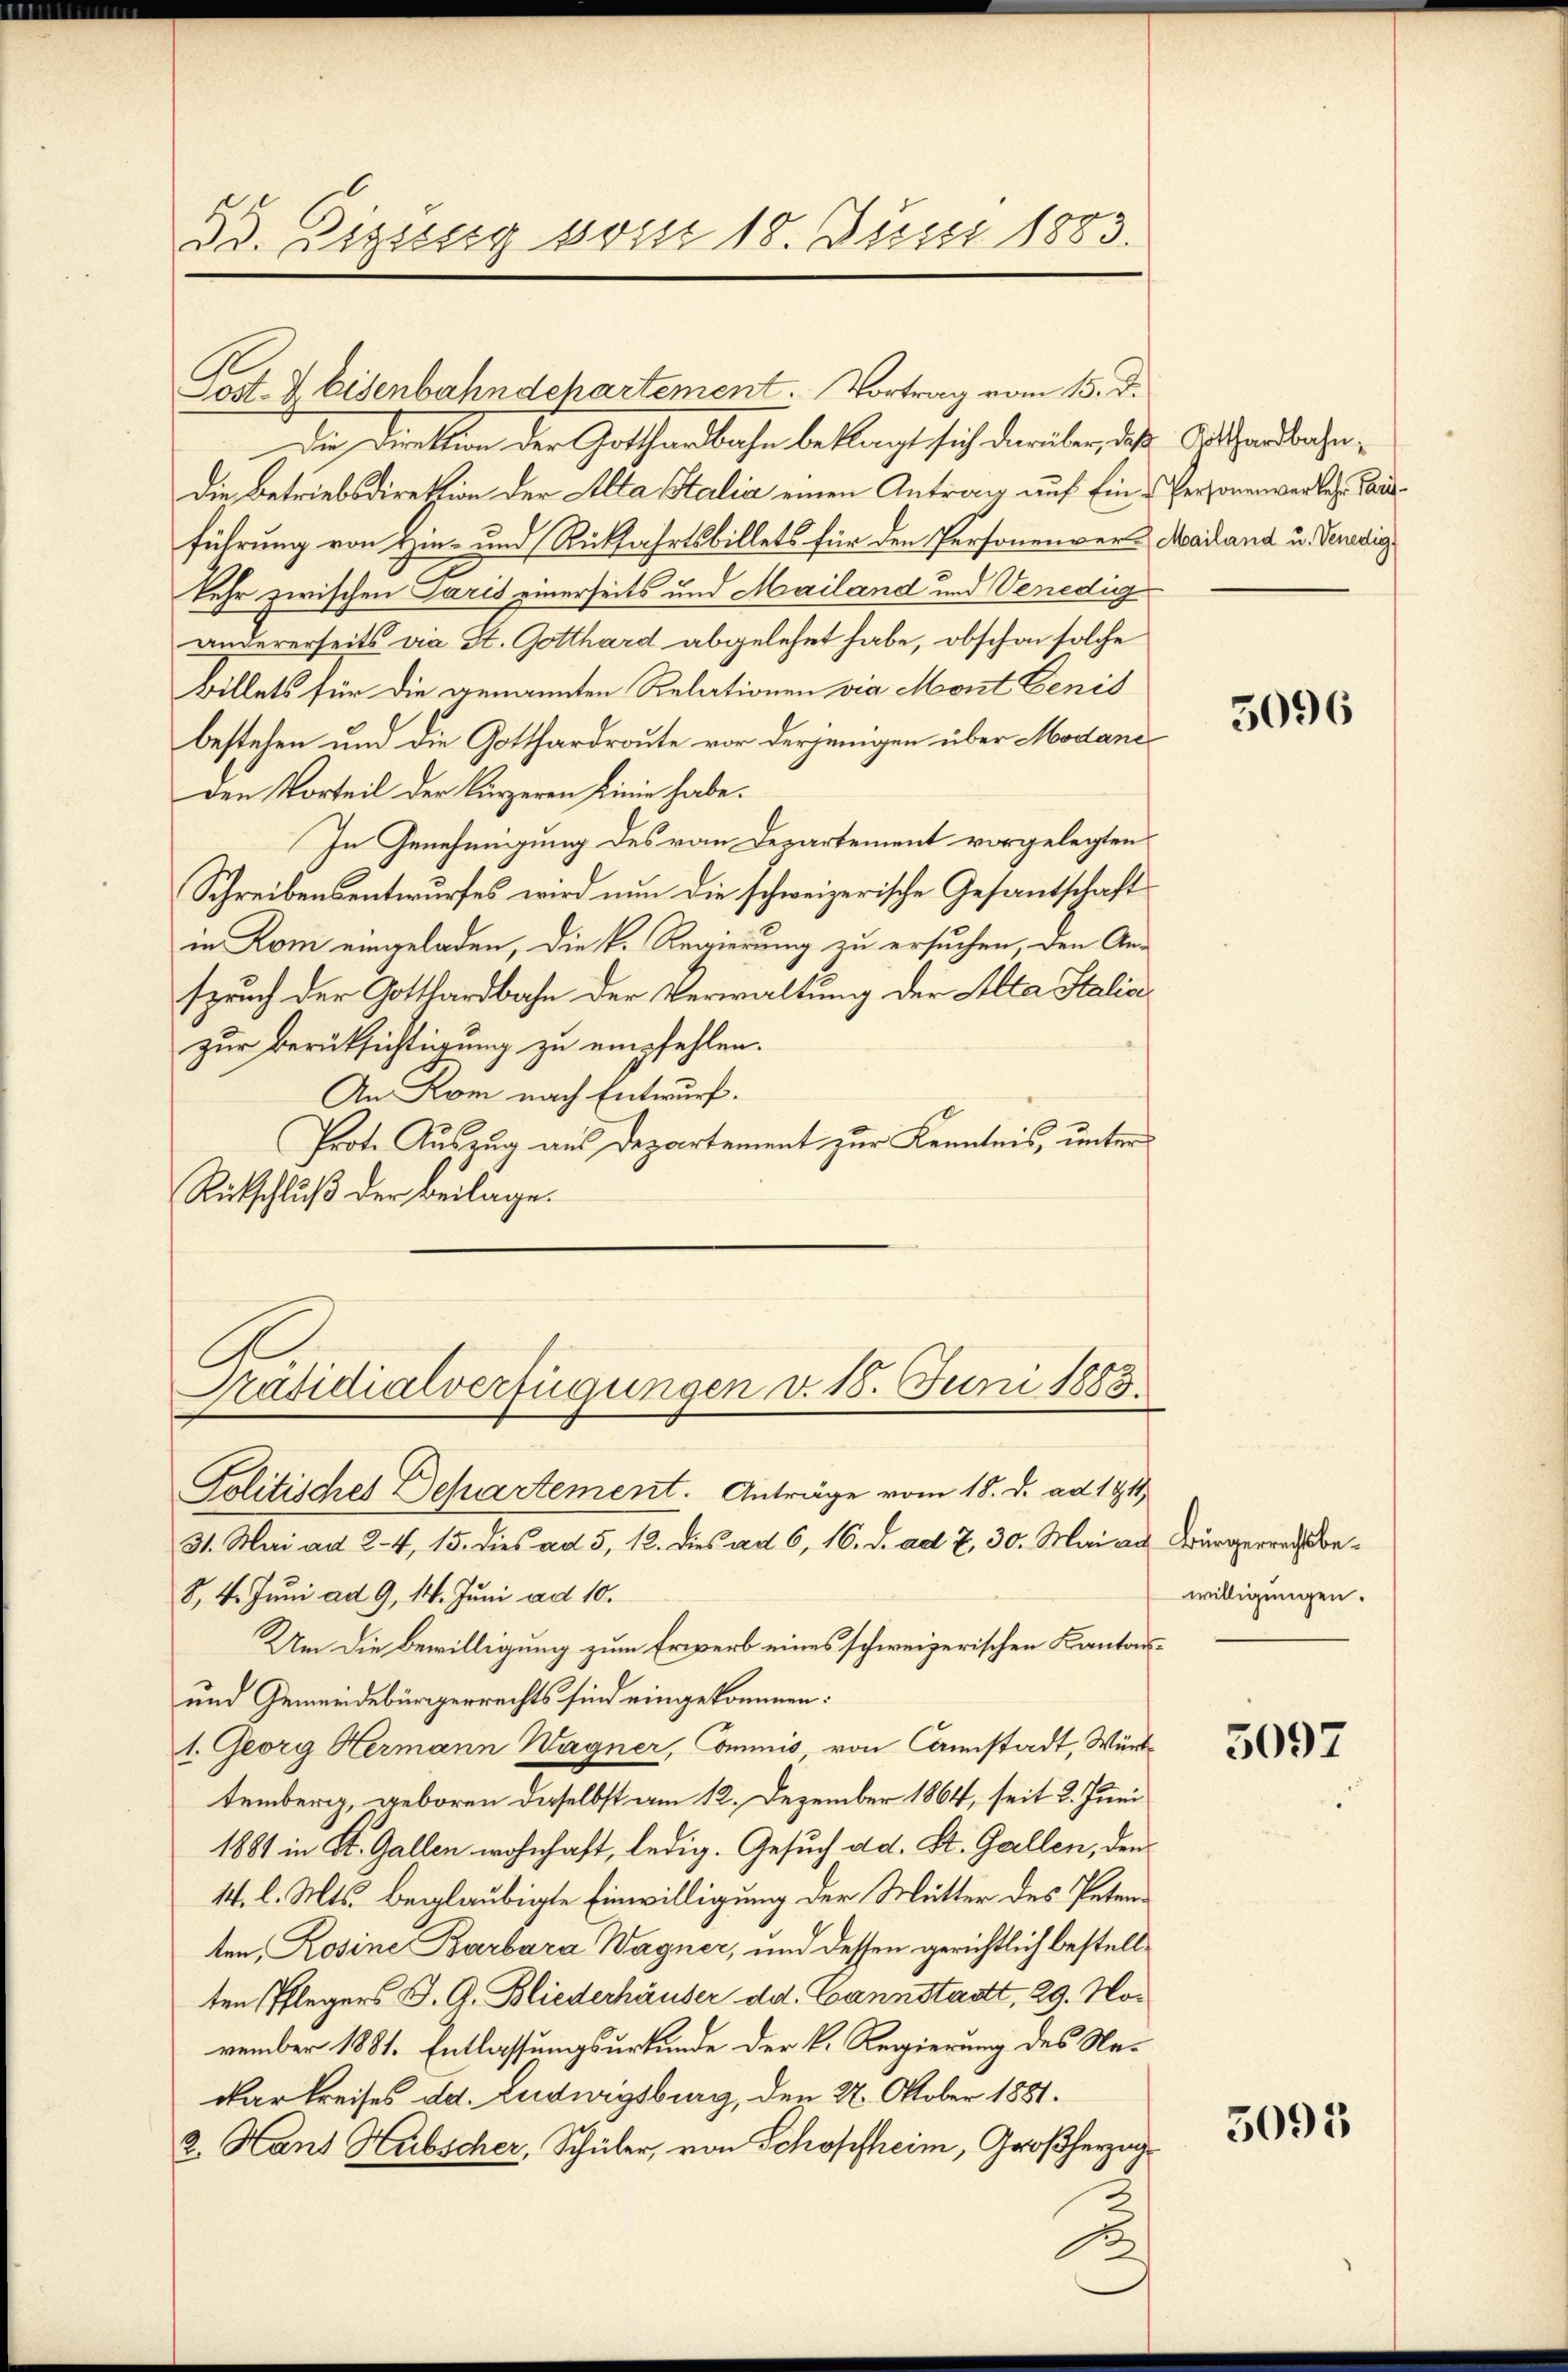
I. Zizsssig vom 18. Juni 1883.

Post. Z. Eisenbahndchartement. Vortrag vom 15. d.
der Direktion der Gotthardbahn beklagt sich darüber, daß Aathardbahn¬
Die Betriebsdiretion der Alta Stalia einen Antrag auf Ein-Personenvertes, ausführung von Hin- und Rückfahrtsbillets für den Personenver-Mailand u. Sendig
kehr zwischen Paris einerseits und Mailand und Venedig
andererseits die St. Gotthard abgelehnt habe, obschon solche
Billets für die genannten Relationen via Mont Eenis
bestehen und die Gotthardraute vor derjenigen über Modani¬
Den Vorteil der kürzeren Linie habe.
In Genehmigung des von Departement vorgelegten
Schreibensentwurfes wird nun die schweizerische Gesantschaft
in Rom eingeladen, die k. Regierung zu ersuchen, den Anspruch der Gotthardbahn der Verwaltung der Alta Stalia
zur Berücksichtigung zu empfehlen.
An Rom nach Entwurf.
Prote Auszug aus Departement zur Kenntnis, unter¬
Rückschluß der Beilage.

Politisches Departement. Anträge vom 18. d. ad 1911
31. Mai ad 24, 15. dies ad 5. 12. Dies ad 6, 16. d. ad 7, 30. Mai vo
8, 4. Juni ad 9, 14. Juni ad 10.
Um die Bewilligung zum Erwerb eines schweizerischen Kantons¬
und Gemeindebürgerrechts sind eingekommen:
1. Georg Hermann Wagner, Commis von Canstadt, Württemberg, geboren daselbst am 12. Dezember 1864, seit 2. Juni
1881 in St. Gallen wohnhaft, ledig. Gesuch ad. St. Gallen, den
14. l. Mts. beglaubigte Einwilligung der Mutter des Petenten, Rosine Barbara Wagner, und dessen gerichtlich bestellten Pflegers J. G. Bliederhäuser dd. Cannstadt, 29. November 1881. Entlassungsurkunde der V. Regierung des Nadarkreises ad. Ludwigsburg, den 22. Oktober 1881.
2. Hans Hubscher, Schüler, von Schopfheim, Großherzug
2

Präsidialverfügungen v. 18. Juni 1883.

5096

Bürgerrechtsbewilligungen.

5097

5095